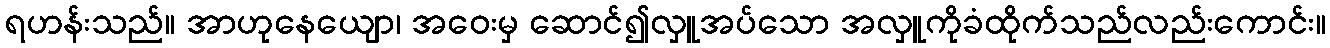
ရဟန်းသည်။ အာဟုနေယျော၊ အဝေးမှ ဆောင်၍လှူအပ်သော အလှူကိုခံထိုက်သည်လည်းကောင်း။